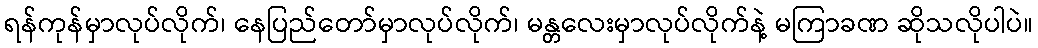
ရန်ကုန်မှာလုပ်လိုက်၊ နေပြည်တော်မှာလုပ်လိုက်၊ မန္တလေးမှာလုပ်လိုက်နဲ့ မကြာခဏ ဆိုသလိုပါပဲ။